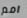
امم